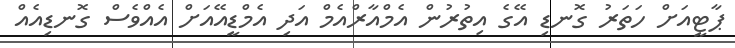
ޕާޓީއަށް ހަތަރު ގޮނޑި އޭގެ އިތުރުން އެމްއާރްއެމް އަދި އެމްޑީއޭއަށް އެއްވެސް ގޮނޑިއެެއް